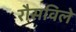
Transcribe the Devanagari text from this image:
रौसविले